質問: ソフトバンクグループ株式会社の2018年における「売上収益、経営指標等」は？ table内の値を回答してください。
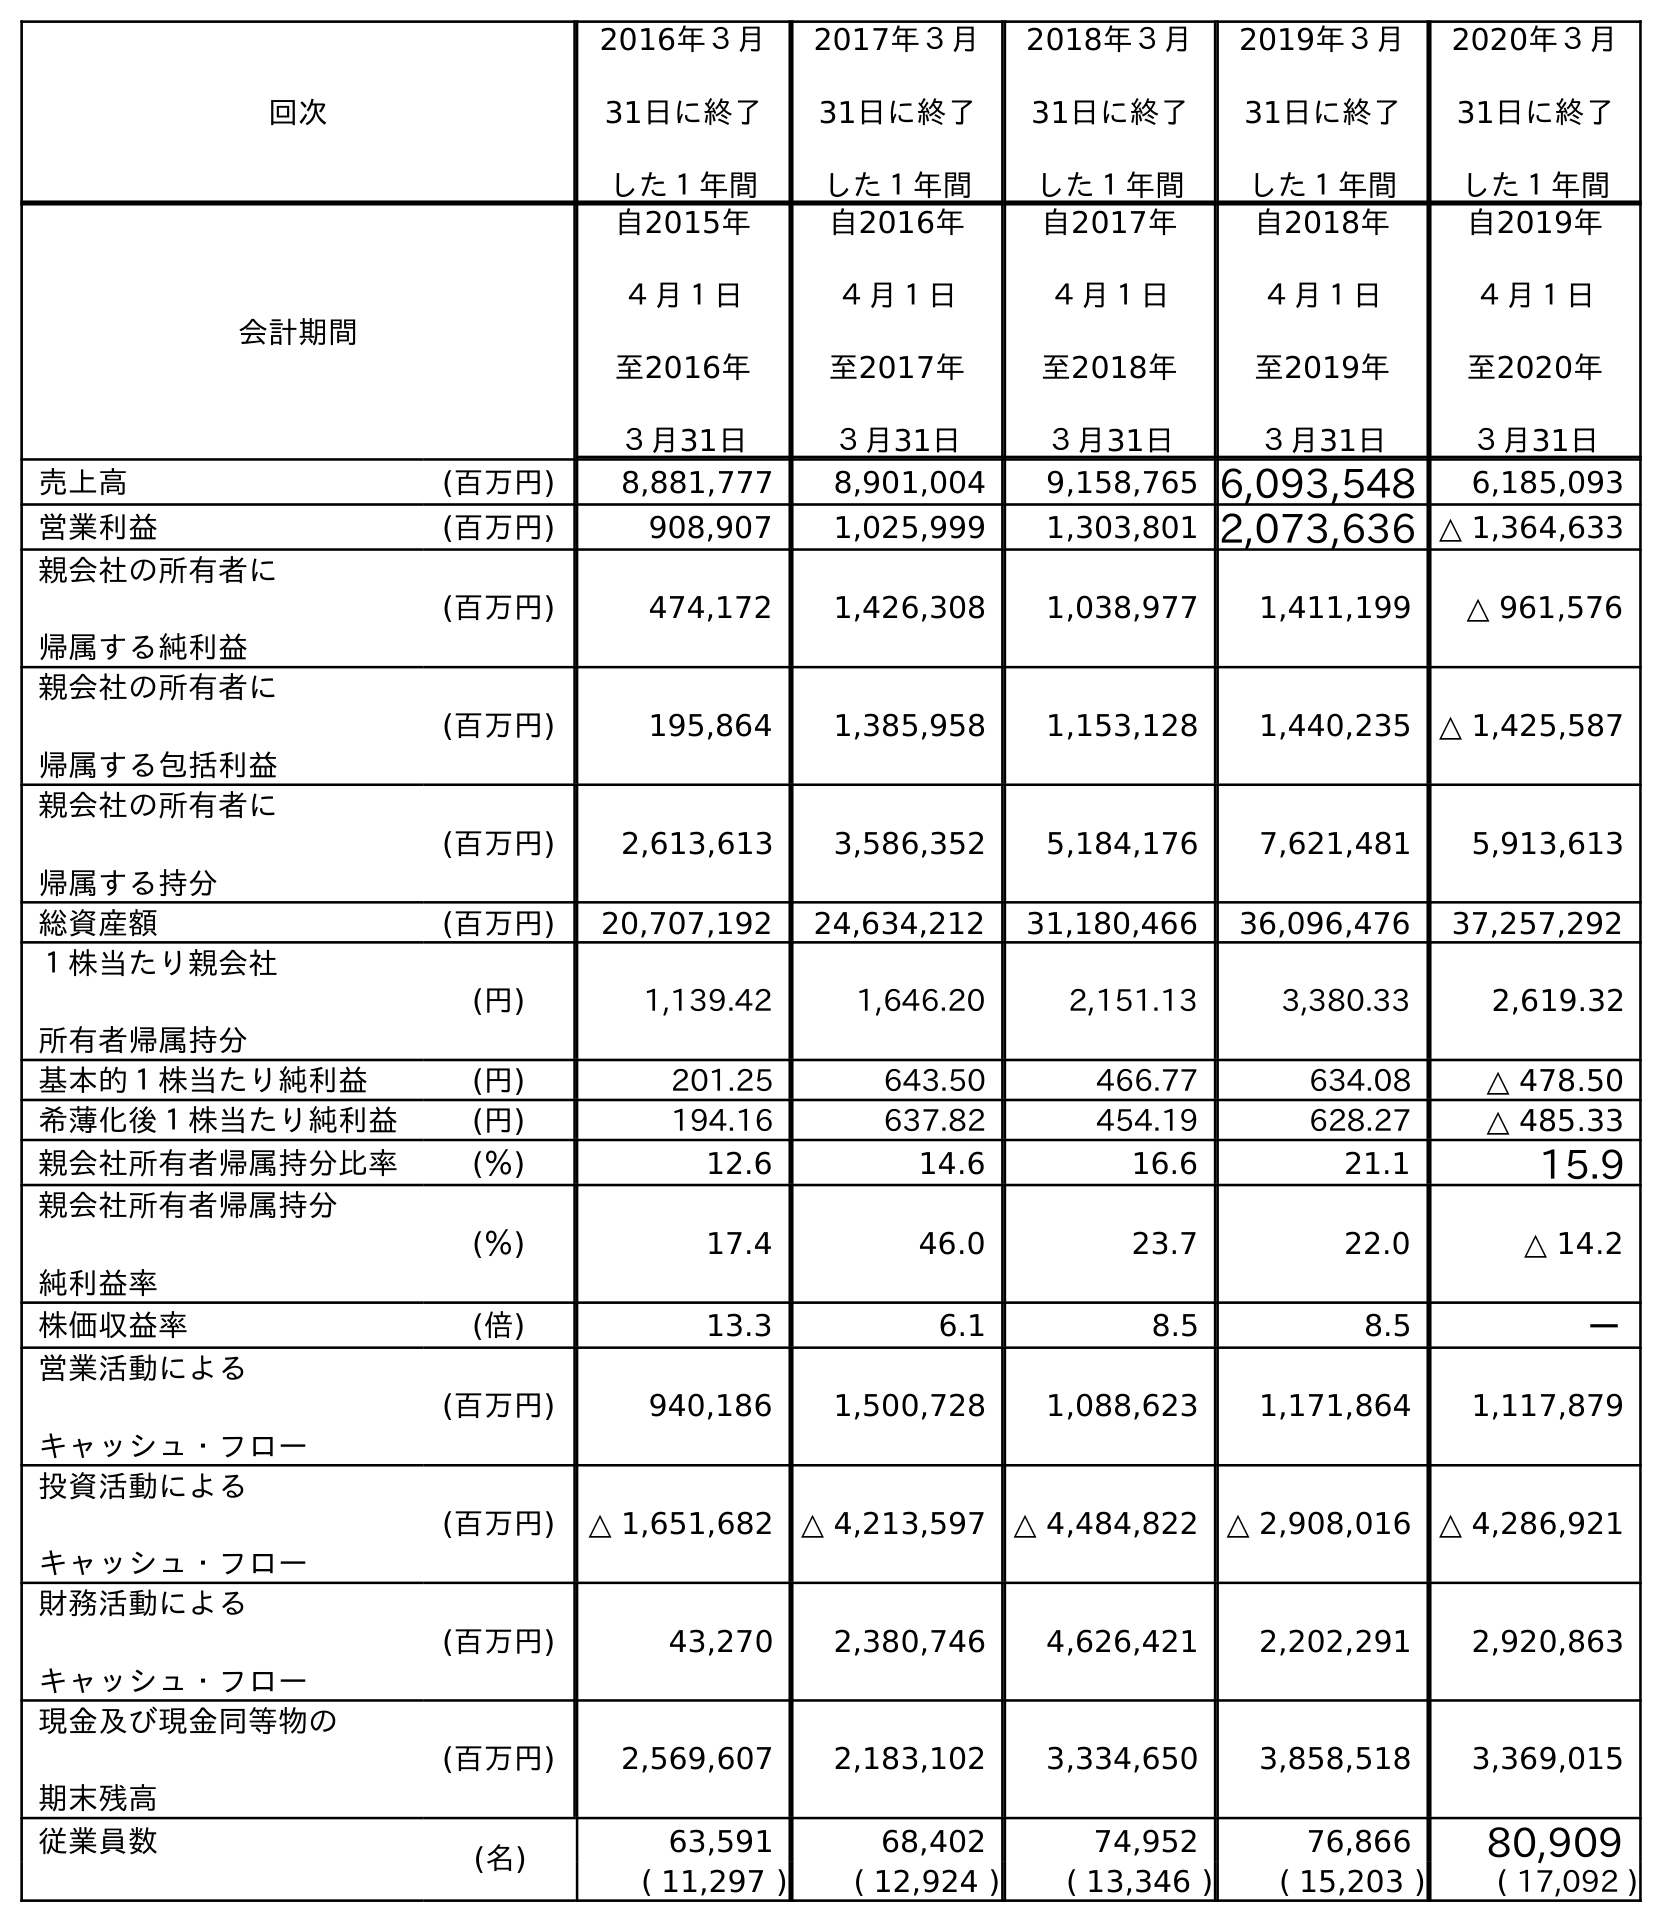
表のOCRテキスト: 回次 2016年３月 31日に終了 した１年間 2017年３月 31日に終了 した１年間 2018年３月 31日に終了 した１年間 2019年３月 31日に終了 した１年間 2020年３月 31日に終了 した１年間 会計期間 自2015年 ４月１日 至2016年 ３月31日 自2016年 ４月１日 至2017年 ３月31日 自2017年 ４月１日 至2018年 ３月31日 自2018年 ４月１日 至2019年 ３月31日 自2019年 ４月１日 至2020年 ３月31日 売上高 (百万円) 8,881,777 8,901,004 9,158,765 6,093,548 6,185,093 営業利益 (百万円) 908,907 1,025,999 1,303,801 2,073,636 △ 1,364,633 親会社の所有者に 帰属する純利益 (百万円) 474,172 1,426,308 1,038,977 1,411,199 △ 961,576 親会社の所有者に 帰属する包括利益 (百万円) 195,864 1,385,958 1,153,128 1,440,235 △ 1,425,587 親会社の所有者に 帰属する持分 (百万円) 2,613,613 3,586,352 5,184,176 7,621,481 5,913,613 総資産額 (百万円) 20,707,192 24,634,212 31,180,466 36,096,476 37,257,292 １株当たり親会社 所有者帰属持分 (円) 1,139.42 1,646.20 2,151.13 3,380.33 2,619.32 基本的１株当たり純利益 (円) 201.25 643.50 466.77 634.08 △ 478.50 希薄化後１株当たり純利益 (円) 194.16 637.82 454.19 628.27 △ 485.33 親会社所有者帰属持分比率 (％) 12.6 14.6 16.6 21.1 15.9 親会社所有者帰属持分 純利益率 (％) 17.4 46.0 23.7 22.0 △ 14.2 株価収益率 (倍) 13.3 6.1 8.5 8.5 － 営業活動による キャッシュ・フロー (百万円) 940,186 1,500,728 1,088,623 1,171,864 1,117,879 投資活動による キャッシュ・フロー (百万円) △ 1,651,682 △ 4,213,597 △ 4,484,822 △ 2,908,016 △ 4,286,921 財務活動による キャッシュ・フロー (百万円) 43,270 2,380,746 4,626,421 2,202,291 2,920,863 現金及び現金同等物の 期末残高 (百万円) 2,569,607 2,183,102 3,334,650 3,858,518 3,369,015 従業員数 (名) 63,591 68,402 74,952 76,866 80,909 ( 11,297 ) ( 12,924 ) ( 13,346 ) ( 15,203 ) ( 17,092 )
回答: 9,158,765